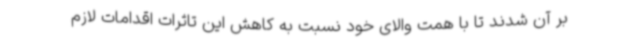
بر آن شدند تا با همت والای خود نسبت به کاهش این تاثرات اقدامات لازم